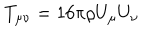
T _ { \mu \nu } = 1 6 \pi \rho U _ { \mu } U _ { \nu }